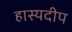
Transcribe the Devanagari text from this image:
हास्यदीप